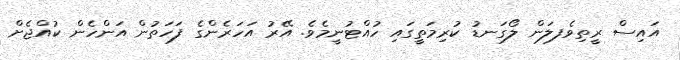
އައިސް ރީތިވެފލަން ލޯގަނޑު ކުރިމަތީގައި ހުއްޓުނީމެވެ. އޭރު އަހަރެންގެ ފަހަތުން އަންހެން ކުއްޖެށް